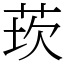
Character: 莰